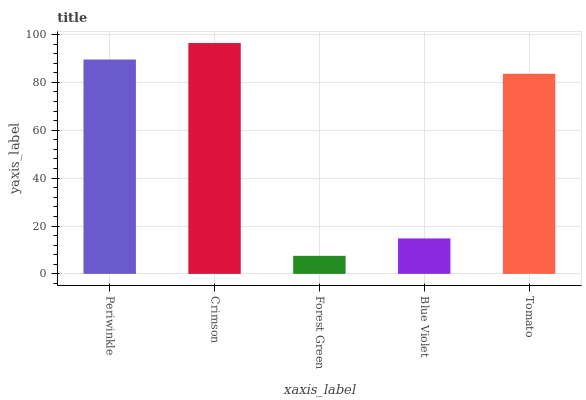
| xaxis_label | bars |
 | --- | --- |
 | Periwinkle | 89.5 |
 | Crimson | 96.4 |
 | Forest Green | 7.54 |
 | Blue Violet | 14.8 |
 | Tomato | 83.6 |